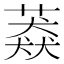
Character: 䔸